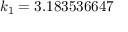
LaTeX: k _ { 1 } = 3 . 1 8 3 5 3 6 6 4 7